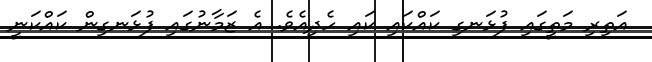
އަތިރި މަތީގައި ފުޅަނގި ކައްކައި ކައި ހެދިއެވެ. އެ ޒަމާނުގައި ފުޅަނގިން ކައްކަނީ